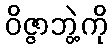
ဝိဇ္ဇာဘွဲ့ကို